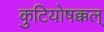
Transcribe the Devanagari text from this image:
कुटियोषक्कल्